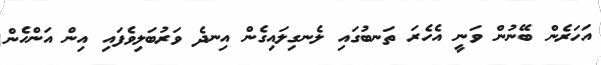
އަހަރެން ބޭނުން ވަނީ އެހެރަ ތަނބުގައި ލެނގިލައިގެން އިނދެ ވަރުބަލިވެފައި އިން އަންހެން